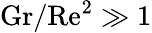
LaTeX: \mathrm{{Gr/Re^{2}\gg 1}}